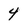
Character: 4